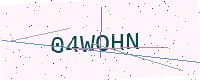
Text: 04WOHN